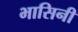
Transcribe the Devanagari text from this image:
भासिनी